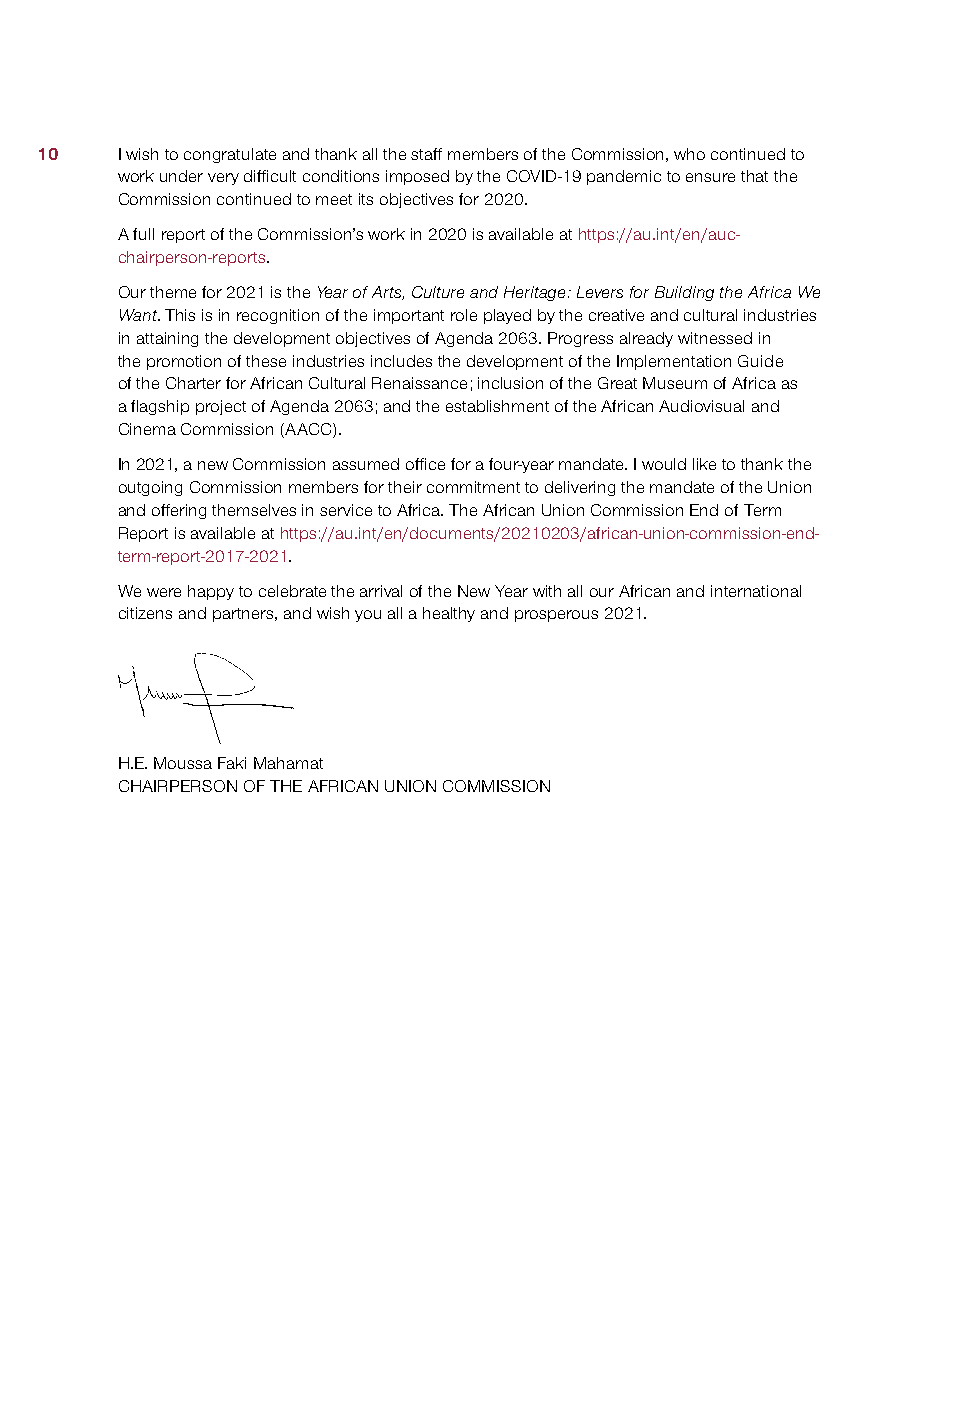
10    I wish to congratulate and thank all the staff members of the Commission, who continued to
 work under very difficult conditions imposed by the COVID-19 pandemic to ensure that the
 Commission continued to meet its objectives for 2020.
 A full report of the Commission’s work in 2020 is available at https://au.int/en/auc-
 chairperson-reports.
 Our theme for 2021 is the Year of Arts, Culture and Heritage: Levers for Building the Africa We
 Want. This is in recognition of the important role played by the creative and cultural industries
 in attaining the development objectives of Agenda 2063. Progress already witnessed in
 the promotion of these industries includes the development of the Implementation Guide
 of the Charter for African Cultural Renaissance; inclusion of the Great Museum of Africa as
 a flagship project of Agenda 2063; and the establishment of the African Audiovisual and
 Cinema Commission (AACC).
 In 2021, a new Commission assumed office for a four-year mandate. I would like to thank the
 outgoing Commission members for their commitment to delivering the mandate of the Union
 and offering themselves in service to Africa. The African Union Commission End of Term
 Report is available at https://au.int/en/documents/20210203/african-union-commission-end-
 term-report-2017-2021.
 We were happy to celebrate the arrival of the New Year with all our African and international
 citizens and partners, and wish you all a healthy and prosperous 2021.
 H.E. Moussa Faki Mahamat
 CHAIRPERSON OF THE AFRICAN UNION COMMISSION